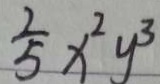
\frac { 1 } { 5 } x ^ { 2 } y ^ { 3 }